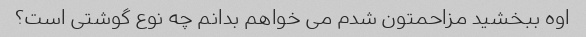
اوه ببخشید مزاحمتون شدم می خواهم بدانم چه نوع گوشتی است؟